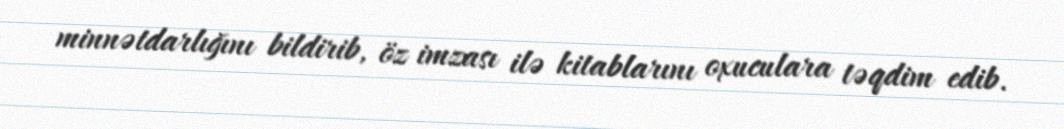
minnətdarlığını bildirib, öz imzası ilə kitablarını oxuculara təqdim edib.